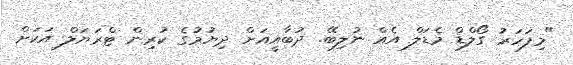
"މިފަހަރު ގޯލްޑް މެޑަލް އެއް ނުލިބޭ. ދުބާއީއަށް ދިޔުމުގެ ކުރިން ޓްރަޔަލް އަކަށް